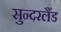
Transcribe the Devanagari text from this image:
सुन्दरलैंड